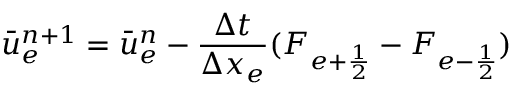
\bar { u } _ { e } ^ { n + 1 } = \bar { u } _ { e } ^ { n } - \frac { \Delta t } { \Delta x _ { e } } ( F _ { e + \frac { 1 } { 2 } } - F _ { e - \frac { 1 } { 2 } } )